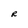
Character: R